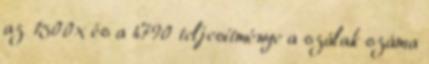
az 1500x és a 4790 teljesítménye a szálak száma